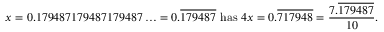
x = 0 . 1 7 9 4 8 7 1 7 9 4 8 7 1 7 9 4 8 7 \ldots = 0 . { \overline { { 1 7 9 4 8 7 } } } { \mathrm { ~ h a s ~ } } 4 x = 0 . { \overline { { 7 1 7 9 4 8 } } } = { \frac { 7 . { \overline { { 1 7 9 4 8 7 } } } } { 1 0 } } .